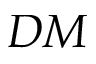
D M